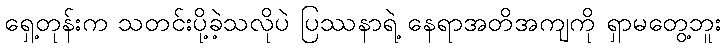
ရှေ့တုန်းက သတင်းပို့ခဲ့သလိုပဲ ပြဿနာရဲ့ နေရာအတိအကျကို ရှာမတွေ့ဘူး